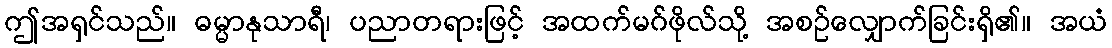
ဤအရှင်သည်။ ဓမ္မာနုသာရီ၊ ပညာတရားဖြင့် အထက်မဂ်ဖိုလ်သို့ အစဉ်လျှောက်ခြင်းရှိ၏။ အယံ